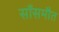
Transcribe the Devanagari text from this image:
साँसमौत